Burma Government Medical School reports 1923-41
Year: 1923
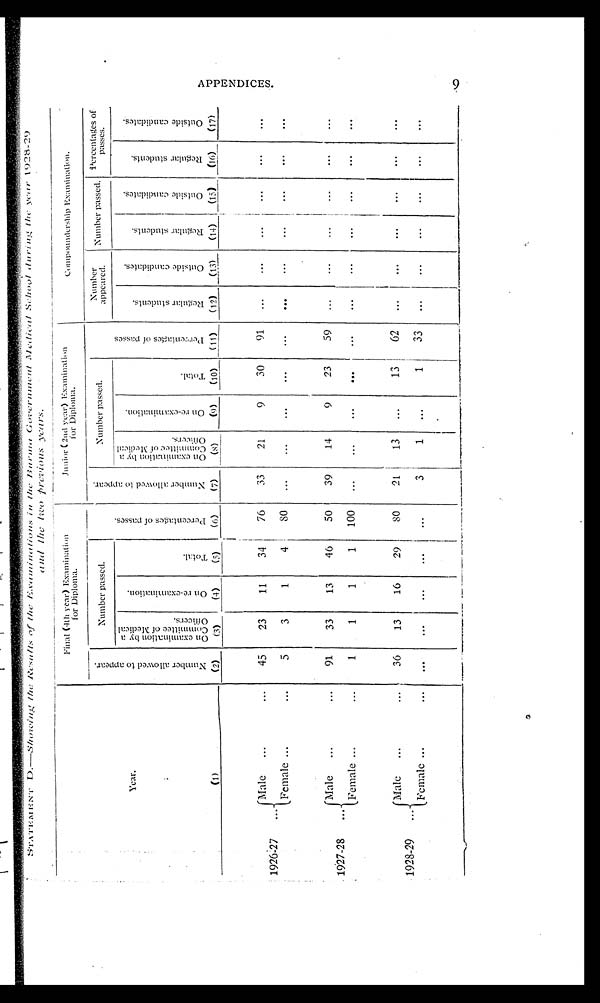
STATEMENT D.—Showing the Results of the Examinations in the Burma Government Medical School during the year 1928-29
and the two previous years.
Year.
( 1 )
Final (4th year) Examinati o n
for Diploma.
Junior (2nd year) Examination
for Diploma.
Compoundership Examination.
Numbe
r a l l o w e d t o a p p e a r .
(2)
N u m b e r p a s s e d
.
P e r c e n t a g e s o f p a s s e s .
(6)
N u m b e r a l l o w e d t o a p p e a r .
(7)
Number passed.
P e r c e n t a g e s o f p a s s e s
.
(11)
Number
appeared.
Number passed. Percentages of
passes.
O n e x a m i n a t i o n b y a
C o m m i t t e e o f M e d i c a l
O f f i c e r s .
(3)
O n r e - e x a m i n a t i o n .
(4)
T o t a l .
(5)
O n e x a m i n a t i o n b y a
C o m m i t t e e o f M e d i c a l
O f f i c e r s .
(8)
O n r e - e x a m i n a t i o n .
( 9 )
T o t a l .
(10)
R e g u l a r s t u d e n t s .
(12)
O u t s i d e c a n d i d a t e s .
(13)
R e g u l a r s t u d e n t s .
(14)
O u t s i d e c a n d i d a t e s .
(15)
R e g u l a r s t u d e n t s .
(16)
O u t s i d e c a n d i d a t e s .
(17)
1926-27
. . .
Male
. . .
. . .
45
23
11
34
76
33
21
9
30
91
...
...
...
...
...
...
Female
. . .
. . .
5
3
1
4
8 0
. . .
. . .
. . .
. . .
...
. . .
. . .
. . .
. . .
. . .
. . .
1927-28
...
Male
. . .
. . .
91
33
13
46
50
39
14
9
23
59
...
...
. . .
. . .
. . .
. . .
Female
. . .
. . .
1
1
1
1
100
. . .
. . .
. . .
. . .
. . . .
. . . .
. . . .
. . .
. . .
. . .
. . .
1928-29
...
Male
. . .
. . .
36
13
16
29
80
21
13
...
13
62
. . .
...
...
...
...
...
Female
. . .
. . .
. . .
...
. . .
. . .
...
3
1
. . .
1
33
...
...
...
...
...
...
APPENDI CES .
9